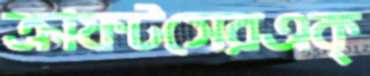
ক্রাফটসেরএক্